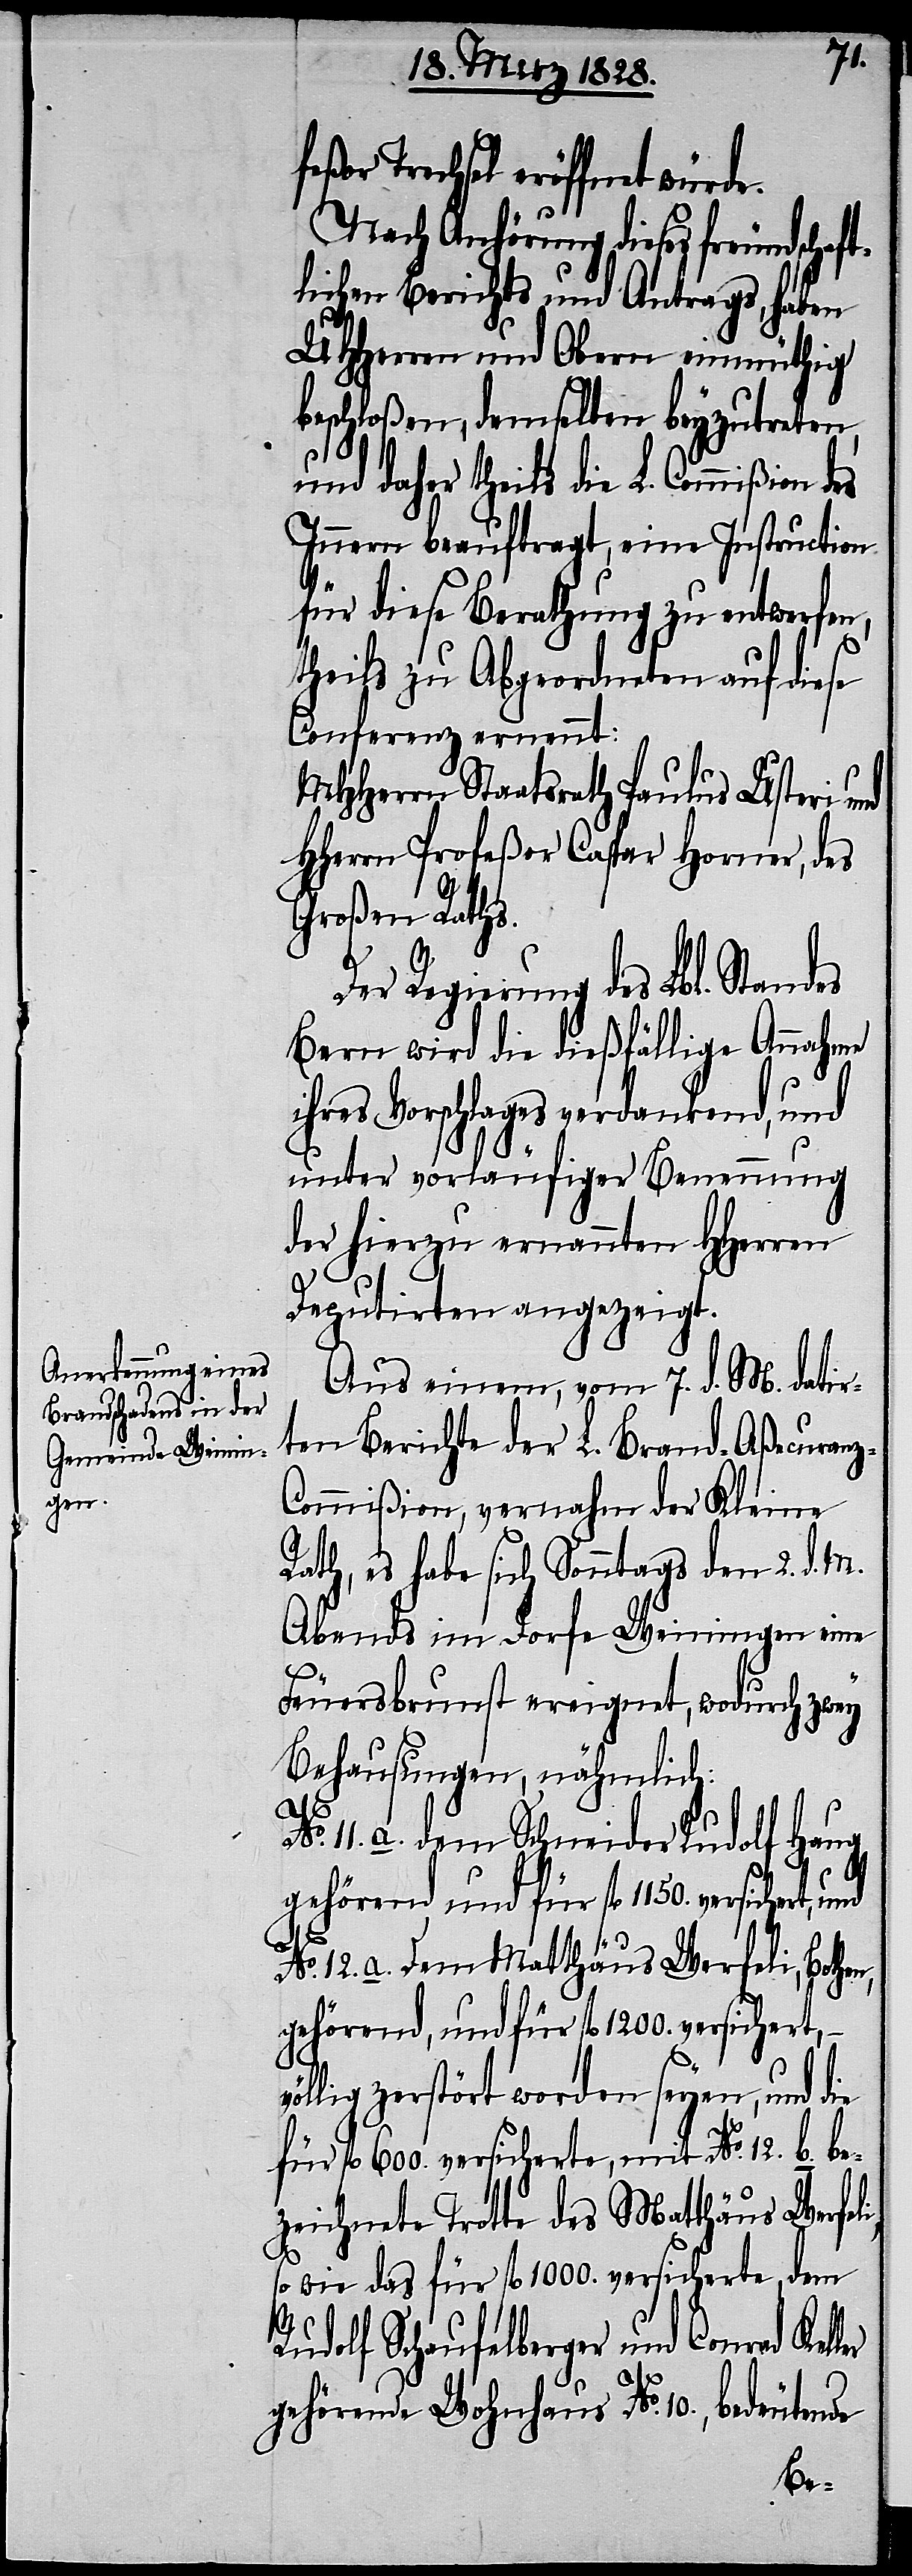
feßor Trechsel eröffnet
Nach Anhörung dieses freundschaf¬
tlichen Berichts und Antrags, haben
UHHerren und Obern einmüthig
beschloßen, demselben beyzutreten,
und daher theils die L. Commißion des
Innern beauftragt eine Instruction
für diese Berathung zu entwerfen,
theils zu Abgeordneten auf diese
Conferenz ernennt:
MHHerrn Staatsrath Paulus Usteri
HHerrn Profeßor Caspar Horner, des
Großen Raths.
Der Regierung des Lbl. Standes
Bern wird die dießfällige Annahme
ihres Vorschlages verdankend, und
unter vorläufiger Benennung
der hierzu ernannten HHerren
ler
Deputirten angezeigt.
Aus einem, vom 7. d. M. datir¬
ten Berichte der L. Brand-Aßecuran¬
z-Commißion, vernahm der Kleine
Rath, es habe sich Sonntags den 2. d. M.
Abends im Dorfe Weiningen eine
Feuersbrunst ereignet, wodurch zwey
Behausungen, nähmlich:
No. 11. a. Dem Schneider Rudolf Haug
gehörend, und für fl. 1200. versichert,
völ¬
No. 12. a. Dem Matthäus Werseli, Bothen,
lig zerstört worden seyen, und die
für fl. 600. versicherte, mit No. 12. b. be¬
zeichnete Trotte des Matthäus Werseli,
so wie das für fl. 1000. versicherte, dem
Rudolf Schaufelberger und Conrad Kel¬
gehörende Wohnhaus No. 10., bedeutende